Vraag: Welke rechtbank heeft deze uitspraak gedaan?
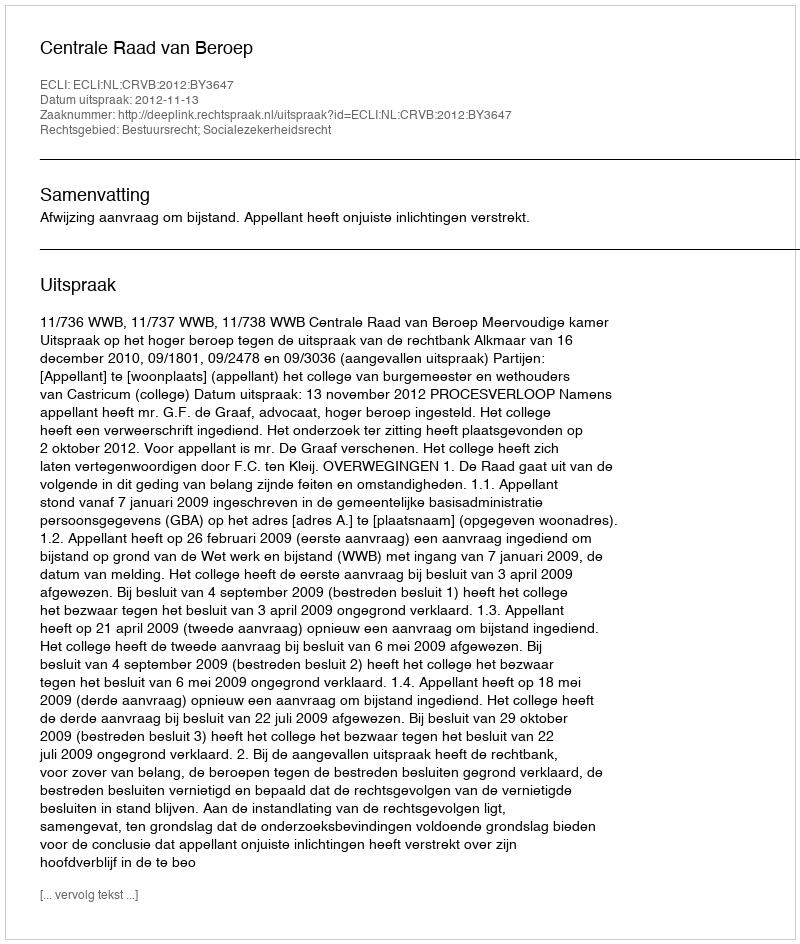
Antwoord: Centrale Raad van Beroep